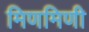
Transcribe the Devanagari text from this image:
मिणमिणी